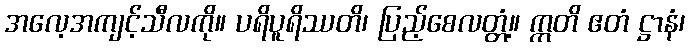
အလေ့အကျင့်သီလကို။ ပရိပူရိဿတိ၊ ပြည့်စေလတ္တံ့။ ဣတိ ဧတံ ဋ္ဌာနံ၊